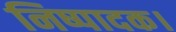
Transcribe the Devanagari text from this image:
निष्पादक।